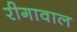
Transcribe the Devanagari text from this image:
रीगावाल